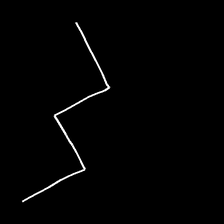
Glyph: crush